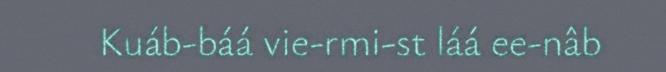
Kuáb-báá vie-rmi-st láá ee-nâb